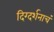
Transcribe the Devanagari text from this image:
दिग्दर्शनाचं